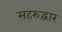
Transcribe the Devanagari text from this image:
सहरुद्वार